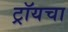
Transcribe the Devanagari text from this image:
ट्रॉयचा